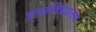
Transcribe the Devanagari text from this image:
हमाविद्यालय